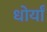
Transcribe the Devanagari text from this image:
धोर्यां